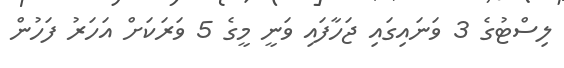
ލިސްޓުގެ 3 ވަނައިގައި ޖަހާފައި ވަނީ މީގެ 5 ވަރަކަށް އަހަރު ފަހުން